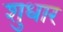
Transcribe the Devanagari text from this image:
शुधार